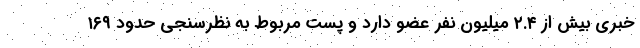
خبری بیش از ۲.۴ میلیون نفر عضو دارد و پست مربوط به نظرسنجی حدود ۱۶۹